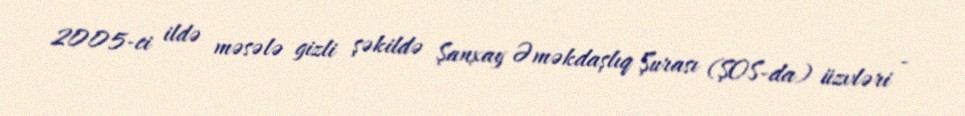
2005-ci ildə məsələ gizli şəkildə Şanxay Əməkdaşlıq Şurası (ŞOS-da) üzvləri -